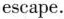
escape.